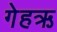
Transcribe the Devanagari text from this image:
गेहऋ